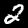
Label: 2